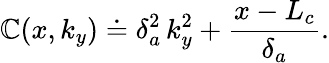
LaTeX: \mathbb{C}(x,k_{y})\doteq\delta_{a}^{2}\, k_{y}^{2}+\frac{{x-L_{c}}}{{\delta_{a}}}.